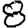
Digit: 8